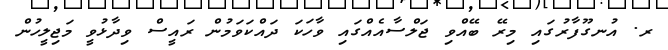
ރ. އުނގޫފާރުގައި މިރޭ ބޭއްވި ޖަލްސާއެއްގައި ވާހަކަ ދައްކަވަމުން ރައީސް ވިދާޅުވީ މަޖިލީހުން